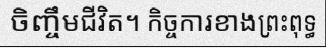
ចិញ្ចឹមជីវិត។ កិច្ចការខាងព្រះពុទ្ធ